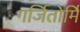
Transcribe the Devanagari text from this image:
गर्जितोर्मि